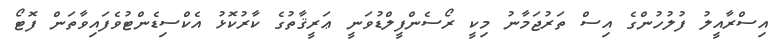
އިސްރާއީލު ފުލުހުންގެ އިސް ތަރުޖަމާނު މިކީ ރޯސެންފީލްޑުވަނީ ޢަރީޤާތުގެ ކާރުކޮޅު އެކްސިޑެންޓުވެފައިވާތަން ފޮޓޯ